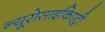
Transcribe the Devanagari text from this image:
न्यूरोसाइकिएट्री